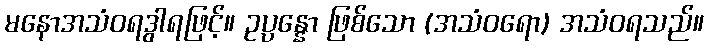
မနောအသံဝရဒွါရဖြင့်။ ဥပ္ပန္နော ဖြစ်သော (အသံဝရော) အသံဝရသည်။